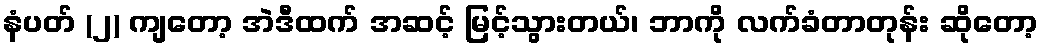
နံပတ် (၂) ကျတော့ အဲဒီထက် အဆင့် မြင့်သွားတယ်၊ ဘာကို လက်ခံတာတုန်း ဆိုတော့